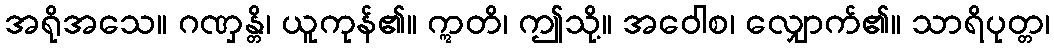
အရိုအသေ။ ဂဏှန္တိ၊ ယူကုန်၏။ ဣတိ၊ ဤသို့။ အဝေါစ၊ လျှောက်၏။ သာရိပုတ္တ၊